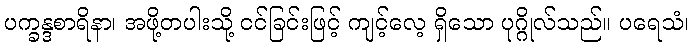
ပက္ခန္ဒစာရိနာ၊ အဖို့တပါးသို့ ငင်ခြင်းဖြင့် ကျင့်လေ့ ရှိသော ပုဂ္ဂိုလ်သည်။ ပရေသံ၊